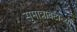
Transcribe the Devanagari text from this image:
सुमात्राबेटाच्या